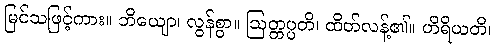
မြင်သဖြင့်ကား။ ဘိယျော၊ လွန်စွာ။ ဩတ္တပ္ပတိ၊ ထိတ်လန့်၏။ ဟိရိယတိ၊